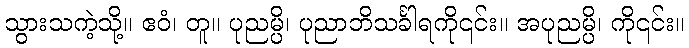
သွားသကဲ့သို့။ ဧဝံ၊ တူ။ ပုညမ္ပိ၊ ပုညာဘိသင်္ခါရကို၎င်း။ အပုညမ္ပိ၊ ကို၎င်း။